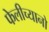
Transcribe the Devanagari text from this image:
फेलीच्यानो